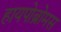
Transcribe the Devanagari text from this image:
हायपोब्रोमस